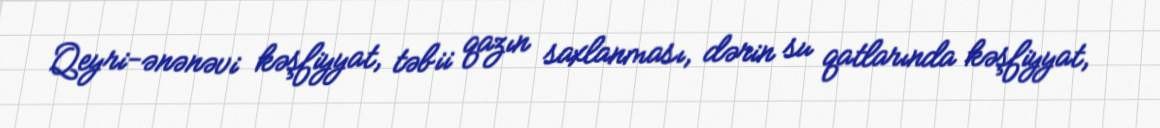
Qeyri-ənənəvi kəşfiyyat, təbii qazın saxlanması, dərin su qatlarında kəşfiyyat,